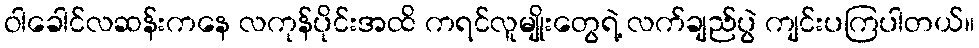
ဝါခေါင်လဆန်းကနေ လကုန်ပိုင်းအထိ ကရင်လူမျိုးတွေရဲ့ လက်ချည်ပွဲ ကျင်းပကြပါတယ်။